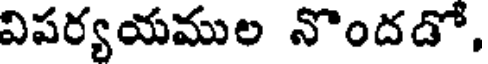
విపర్యయముల నొందడో,